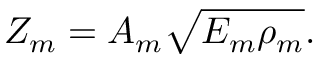
Z _ { m } = A _ { m } \sqrt { E _ { m } \rho _ { m } } .